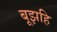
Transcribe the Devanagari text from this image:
बूझहि